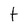
Character: t